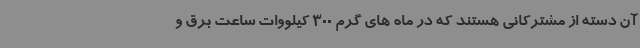
آن دسته از مشترکانی هستند که در ماه های گرم 300 کیلووات ساعت برق و